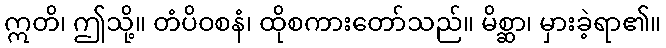
ဣတိ၊ ဤသို့။ တံပိဝစနံ၊ ထိုစကားတော်သည်။ မိစ္ဆာ၊ မှားခဲ့ရာ၏။